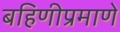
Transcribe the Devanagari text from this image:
बहिणीप्रमाणे